Lunatic asylums Punjab 1868-1880 - 1868-1880
Year: 1868
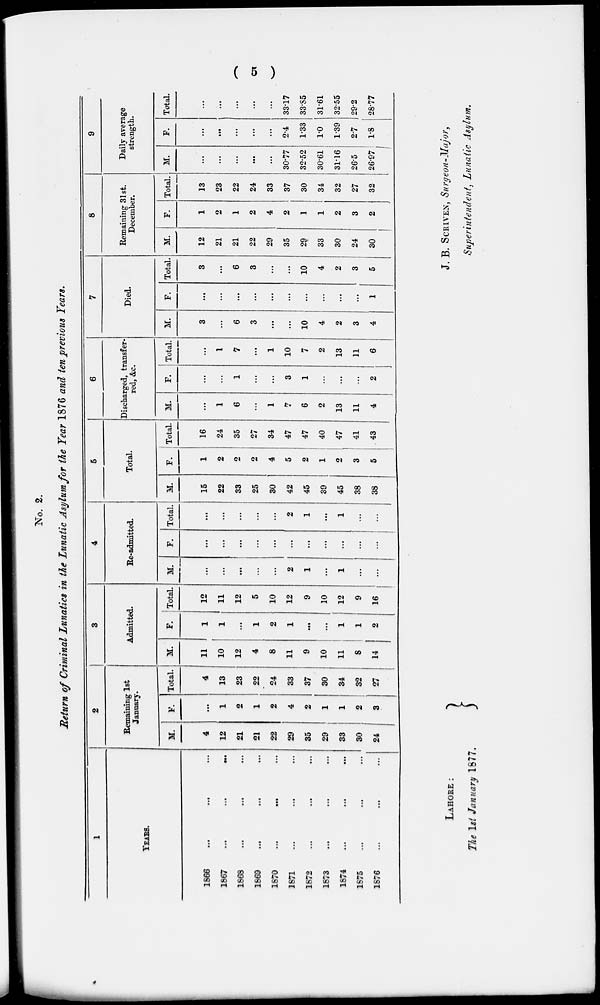
( 5 )
No. 2.
Return of Criminal Lunatics in the Lunatic Asylum for the Year 1876 and ten previous Years.
1
YEARS.
1866 ... ... ...
1867 ... ... ...
1868 ... ... ...
1869 ... ... ...
1870 ... ... ...
1871 ... ... ...
1872 ... ... ...
1873 ... ... ...
1874 ... ... ...
1875
...
...
...
1876 ... ... ...
2
Remaining 1st
January.
M.
4
12
21
21
22
29
35
29
33
30
24
F.
...
1
2
1
2
4
2
1
1
2
3
Total.
4
13
23
22
24
33
37
30
34
32
27
3
Admitted.
M.
11
10
12
4
8
11
9
10
11
8
14
F.
1
1
...
1
2
1
...
...
1
1
2
Total.
12
11
12
5
10
12
9
10
12
9
16
4
Re-admitted.
M.
...
...
...
...
...
2
1
...
1
...
...
F.
...
...
...
...
...
...
...
...
...
...
Total.
...
...
...
...
...
2
1
...
1
...
...
5
Total.
M.
15
22
33
25
30
42
45
39
45
38
38
F.
1
2
2
2
4
5
2
1
2
3
5
Total.
16
24
35
27
34
47
47
40
47
41
43
6
Discharged, transfer-
red, &c.
M.
...
1
6
...
1
7
6
2
13
11
4
F.
...
...
1
...
...
3
1
...
...
...
2
Total.
...
1
7
...
1
10
7
2
13
11
6
7
Died.
M.
3
...
6
3
...
...
10
4
2
3
4
F.
...
...
...
...
...
...
...
...
...
...
1
Total.
3
...
6
3
...
...
10
4
2
3
5
8
Remaining 31st.
December.
M.
12
21
21
22
29
35
29
33
30
24
30
F.
1
2
1
2
4
2
1
1
2
3
2
Total.
13
23
22
24
33
37
30
34
32
27
32
9
Daily average
strength.
M.
...
...
...
...
...
30.77
32.52
30.61
31.16
26.5
26.97
F.
...
...
...
...
...
2.4
1.33
1.0
1.39
2.7
1.8
Total.
...
...
...
...
...
33.17
33.S5
31.61
32.55
29.2
28.77
LAHORE :
The 1st January 1877.
J. B. SCRIVEN, Surgeon-Major,
Superintendent, Lunatic Asylum.